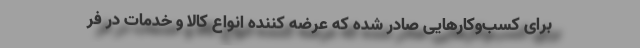
برای کسب‌وکارهایی صادر شده که عرضه کننده انواع کالا و خدمات در فر